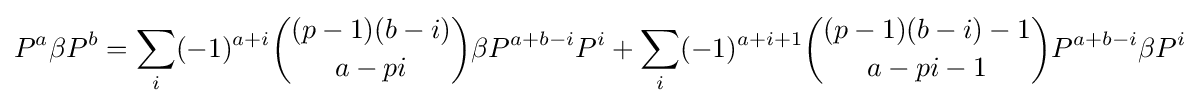
P^{a}\beta P^{b}=\sum _{i}(-1)^{a+i}{(p-1)(b-i) \choose a-pi}\beta P^{a+b-i}P^{i}+\sum _{i}(-1)^{a+i+1}{(p-1)(b-i)-1 \choose a-pi-1}P^{a+b-i}\beta P^{i}